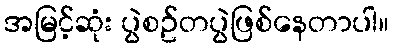
အမြင့်ဆုံး ပွဲစဥ်တပွဲဖြစ်နေတာပါ။